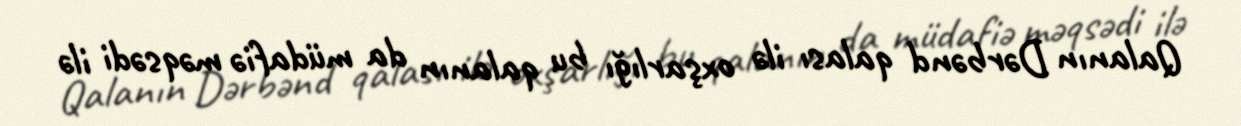
Qalanın Dərbənd qalası ilə oxşarlığı bu qalanın da müdafiə məqsədi ilə